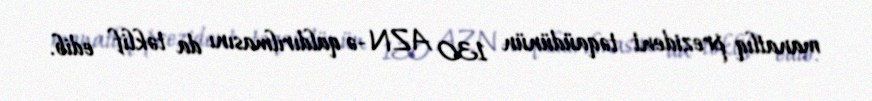
manatlıq prezident təqaüdünün 130 AZN-ə qaldırılmasını da təklif edib.